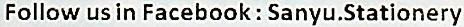
FOLLOW US IN FACEBOOK : SANYU.STATIONERY